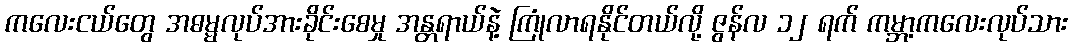
ကလေးငယ်တွေ အဓမ္မလုပ်အားခိုင်းစေမှု အန္တရာယ်နဲ့ ကြုံလာရနိုင်တယ်လို့ ဇွန်လ ၁၂ ရက် ကမ္ဘာ့ကလေးလုပ်သား